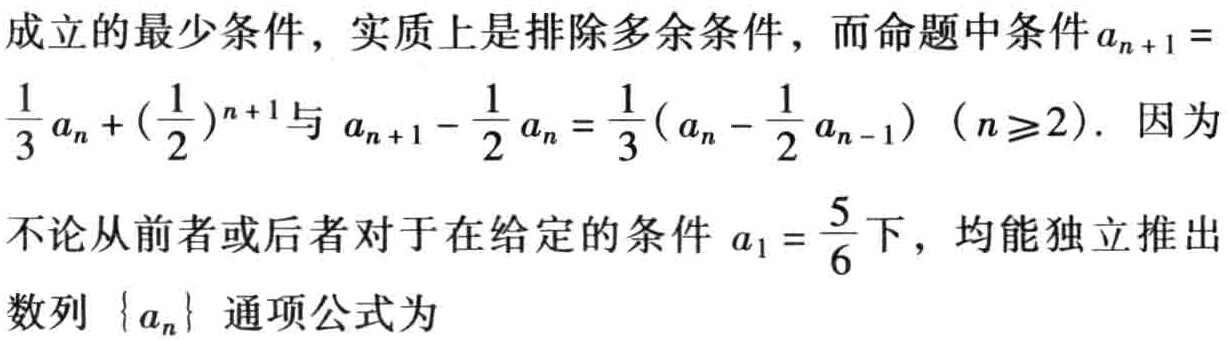
成立的最少条件，实质上是排除多余条件，而命题中条件\(a_{n + 1} =\frac{1}{3}a_{n} + (\frac{1}{2})^{n + 1}\)与\(a_{n + 1} - \frac{1}{2}a_{n} = \frac{1}{3}(a_{n} - \frac{1}{2}a_{n - 1})\)（\(n\geq2\)）. 因为不论从前者或后者对于在给定的条件\(a_{1} = \frac{5}{6}\)下，均能独立推出数列\(\{a_{n}\}\)通项公式为